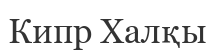
Кипр Халқы